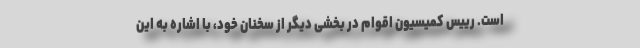
است. رییس کمیسیون اقوام در بخشی دیگر از سخنان خود، با اشاره به این